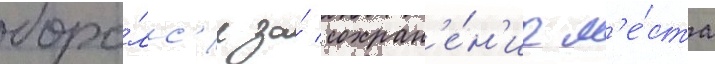
боро́лс'я за́ сохран'е́н'ие м'е́ста